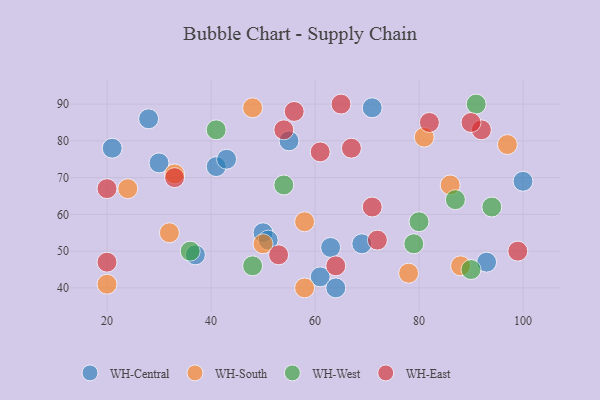
{"axis": {"x": "GDP", "y": "Life Expectancy"}, "legend": ["WH-Central", "WH-East", "WH-South", "WH-West"], "data": [{"x": "37", "y": 49, "type": "WH-Central"}, {"x": "63", "y": 51, "type": "WH-Central"}, {"x": "21", "y": 78, "type": "WH-Central"}, {"x": "69", "y": 52, "type": "WH-Central"}, {"x": "30", "y": 74, "type": "WH-Central"}, {"x": "61", "y": 43, "type": "WH-Central"}, {"x": "64", "y": 40, "type": "WH-Central"}, {"x": "93", "y": 47, "type": "WH-Central"}, {"x": "41", "y": 73, "type": "WH-Central"}, {"x": "50", "y": 55, "type": "WH-Central"}, {"x": "100", "y": 69, "type": "WH-Central"}, {"x": "43", "y": 75, "type": "WH-Central"}, {"x": "55", "y": 80, "type": "WH-Central"}, {"x": "51", "y": 53, "type": "WH-Central"}, {"x": "71", "y": 89, "type": "WH-Central"}, {"x": "28", "y": 86, "type": "WH-Central"}, {"x": "78", "y": 44, "type": "WH-South"}, {"x": "33", "y": 71, "type": "WH-South"}, {"x": "86", "y": 68, "type": "WH-South"}, {"x": "81", "y": 81, "type": "WH-South"}, {"x": "48", "y": 89, "type": "WH-South"}, {"x": "50", "y": 52, "type": "WH-South"}, {"x": "97", "y": 79, "type": "WH-South"}, {"x": "20", "y": 41, "type": "WH-South"}, {"x": "24", "y": 67, "type": "WH-South"}, {"x": "58", "y": 40, "type": "WH-South"}, {"x": "32", "y": 55, "type": "WH-South"}, {"x": "58", "y": 58, "type": "WH-South"}, {"x": "88", "y": 46, "type": "WH-South"}, {"x": "79", "y": 52, "type": "WH-West"}, {"x": "87", "y": 64, "type": "WH-West"}, {"x": "36", "y": 50, "type": "WH-West"}, {"x": "41", "y": 83, "type": "WH-West"}, {"x": "48", "y": 46, "type": "WH-West"}, {"x": "90", "y": 45, "type": "WH-West"}, {"x": "54", "y": 68, "type": "WH-West"}, {"x": "80", "y": 58, "type": "WH-West"}, {"x": "94", "y": 62, "type": "WH-West"}, {"x": "91", "y": 90, "type": "WH-West"}, {"x": "99", "y": 50, "type": "WH-East"}, {"x": "20", "y": 67, "type": "WH-East"}, {"x": "67", "y": 78, "type": "WH-East"}, {"x": "92", "y": 83, "type": "WH-East"}, {"x": "71", "y": 62, "type": "WH-East"}, {"x": "53", "y": 49, "type": "WH-East"}, {"x": "56", "y": 88, "type": "WH-East"}, {"x": "61", "y": 77, "type": "WH-East"}, {"x": "82", "y": 85, "type": "WH-East"}, {"x": "33", "y": 70, "type": "WH-East"}, {"x": "64", "y": 46, "type": "WH-East"}, {"x": "72", "y": 53, "type": "WH-East"}, {"x": "90", "y": 85, "type": "WH-East"}, {"x": "54", "y": 83, "type": "WH-East"}, {"x": "20", "y": 47, "type": "WH-East"}, {"x": "65", "y": 90, "type": "WH-East"}]}